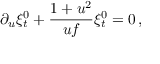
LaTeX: \partial _ { u } \xi _ { t } ^ { 0 } + { \frac { 1 + u ^ { 2 } } { u f } } \xi _ { t } ^ { 0 } = 0 \, ,